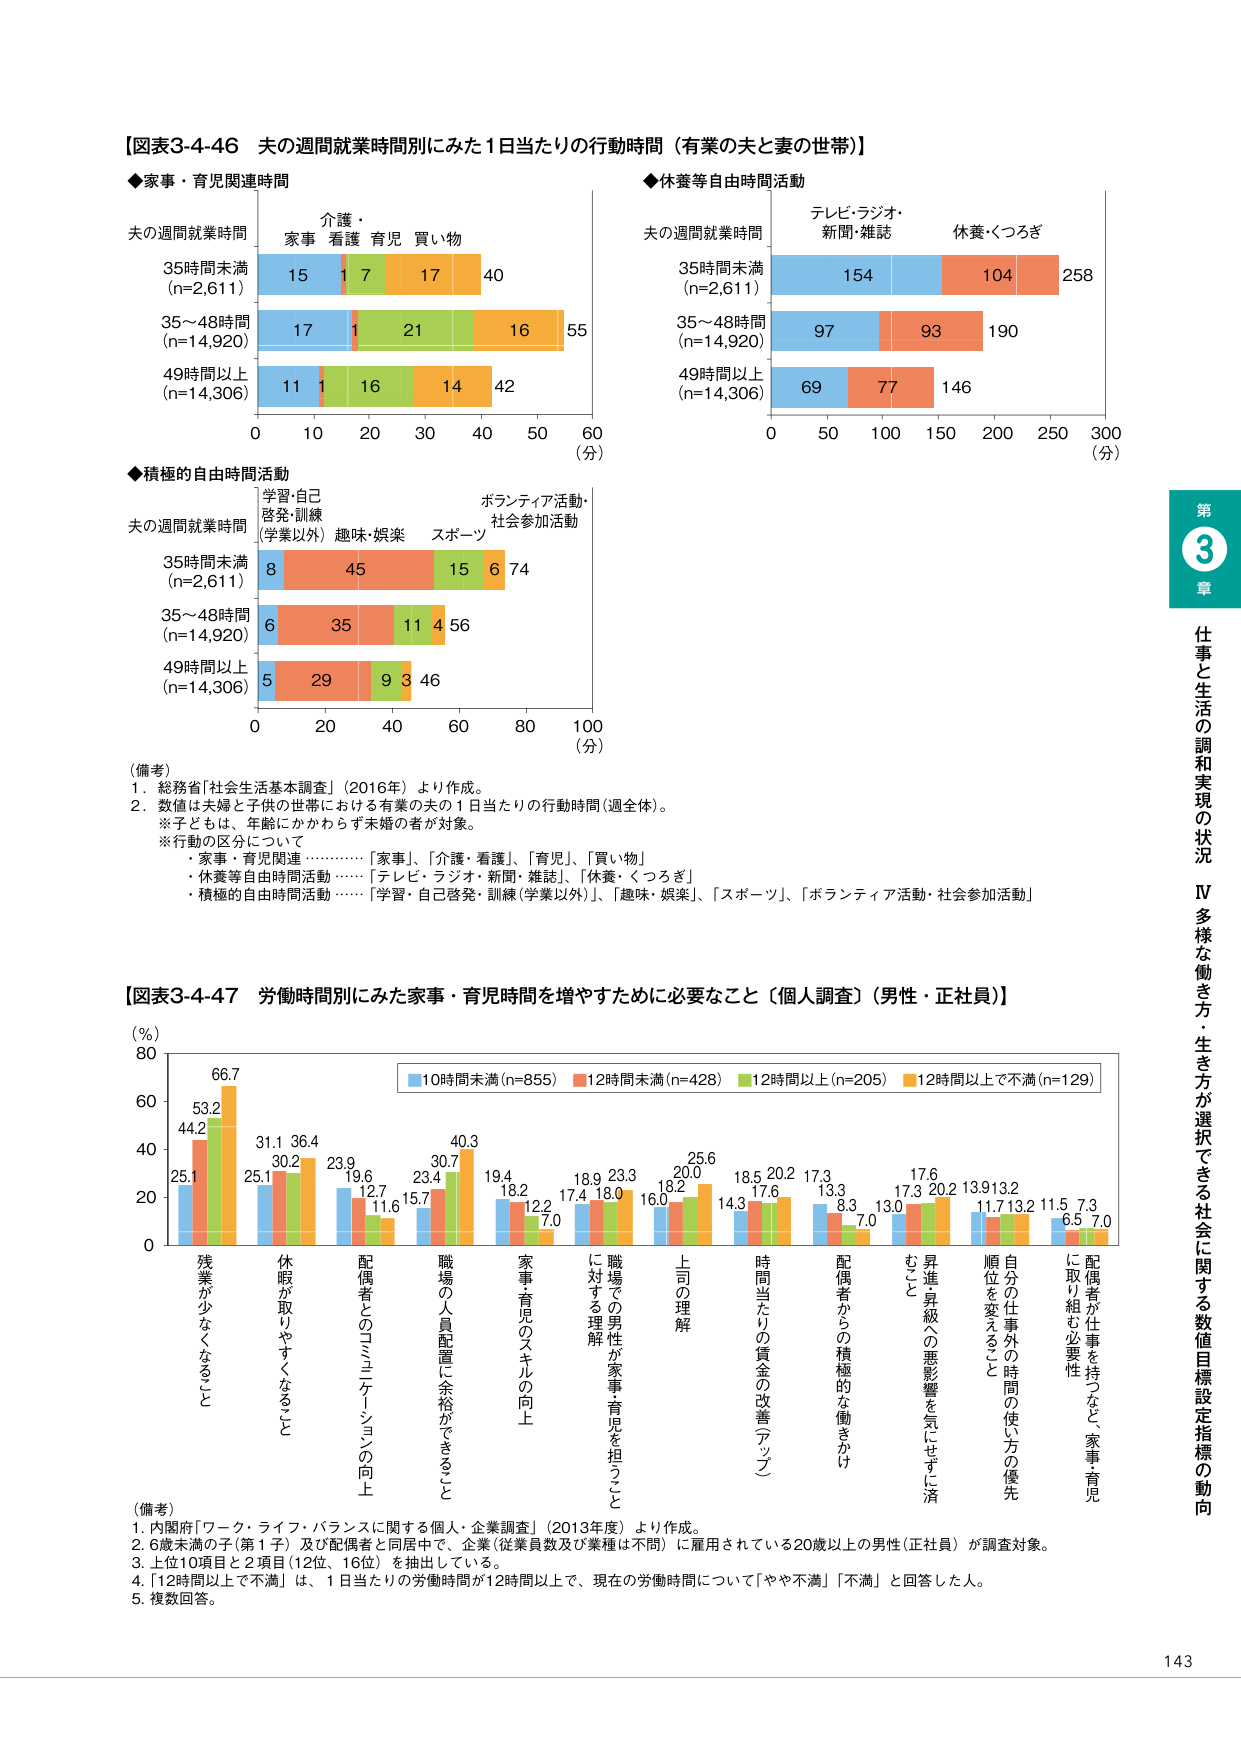
【図表3-4-46 夫の週間就業時間別にみた1日当たりの行動時間（有業の夫と妻の世帯）】

◆家事・育児関連時間
夫の週間就業時間
35時間未満 (n=2,611)
15 1 7 17 40
35～48時間 (n=14,920)
17 1 21 16 55
49時間以上 (n=14,306)
11 1 16 14 42
0 10 20 30 40 50 60 (分)
介護・家事 看護 育児 買い物

◆休養等自由時間活動
夫の週間就業時間
35時間未満 (n=2,611)
154 104 258
35～48時間 (n=14,920)
97 93 190
49時間以上 (n=14,306)
69 77 146
0 50 100 150 200 250 300 (分)
テレビ・ラジオ・新聞・雑誌 休養・くつろぎ

◆積極的自由時間活動
夫の週間就業時間
35時間未満 (n=2,611)
8 45 15 6 74
35～48時間 (n=14,920)
6 35 11 4 56
49時間以上 (n=14,306)
5 29 9 3 46
0 20 40 60 80 100 (分)
学習・自己啓発・訓練（学業以外） 趣味・娯楽 スポーツ ボランティア活動・社会参加活動

（備考）
1. 総務省「社会生活基本調査」（2016年）より作成。
2. 数値は夫婦と子供の世帯における有業の夫の1日当たりの行動時間（週全体）。
※子どもは、年齢にかかわらず未婚の者が対象。
※行動の区分について
・家事・育児関連…………「家事」、「介護・看護」、「育児」、「買い物」
・休養等自由時間活動……「テレビ・ラジオ・新聞・雑誌」、「休養・くつろぎ」
・積極的自由時間活動……「学習・自己啓発・訓練（学業以外）」、「趣味・娯楽」、「スポーツ」、「ボランティア活動・社会参加活動」

【図表3-4-47 労働時間別にみた家事・育児時間を増やすために必要なこと（個人調査）（男性・正社員）】

(%) 80
66.7
53.2
44.2
25.1
31.1 36.4
25.1 30.2
23.9 19.6
12.7 11.6
23.4 30.7
15.7 40.3
19.4 18.2
12.2 7.0
18.9 23.3
17.4 18.0
16.0 20.0
18.2 25.6
14.3 18.5
17.6 20.2
17.3 13.3
8.3 7.0
13.0 17.6
20.2 13.9
13.2 11.7
13.2 11.5
7.3 6.5
7.0
0
残業が少なくなること
休暇が取りやすくなること
配偶者とのコミュニケーションの向上
職場の人員配置に余裕ができること
家事・育児のスキルの向上
職場での男性が家事・育児を担うことに対する理解
上司の理解
時間当たりの賃金の改善（アップ）
配偶者からの積極的な働きかけ
昇進昇級への悪影響を気にせずに済むこと
自分の仕事外の時間の使い方の優先順位を変えること
配偶者が仕事を持つなど、家事・育児に取り組む必要性
■10時間未満(n=855) ■12時間未満(n=428) ■12時間以上(n=205) ■12時間以上で不満(n=129)

（備考）
1. 内閣府「ワーク・ライフ・バランスに関する個人・企業調査」（2013年度）より作成。
2. 6歳未満の子（第1子）及び配偶者と同居中で、企業（従業員数及び業種は不問）に雇用されている20歳以上の男性（正社員）が調査対象。
3. 上位10項目と2項目（12位、16位）を抽出している。
4. 「12時間以上で不満」は、1日当たりの労働時間が12時間以上で、現在の労働時間について「やや不満」「不満」と回答した人。
5. 複数回答。

第3章 仕事と生活の調和実現の状況
Ⅳ 多様な働き方・生き方が選択できる社会に関する数値目標設定指標の動向
143